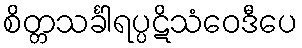
စိတ္တသင်္ခါရပ္ပဋိသံဝေဒီပေ